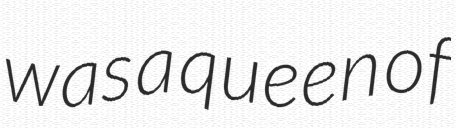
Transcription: was a queen of